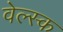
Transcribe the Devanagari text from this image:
वेल्स्क